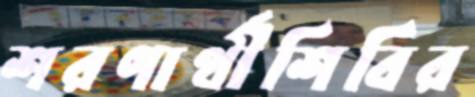
শরণার্থীশিবির